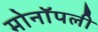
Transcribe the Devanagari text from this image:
मोनॉपली